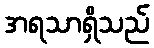
အရသာရှိသည်